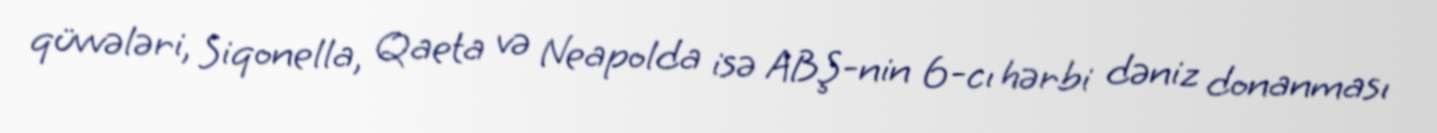
qüvvələri, Siqonella, Qaeta və Neapolda isə ABŞ-nin 6-cı hərbi dəniz donanması